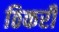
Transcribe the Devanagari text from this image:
ठिकरी